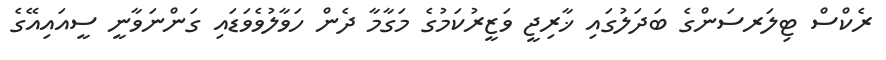
ރެކްސް ޓިލަރސަންގެ ބަދަލުގައި ޚާރިޖީ ވަޒީރުކަމުގެ މަގާމާ ދެން ހަވާލުވެވަޑައި ގަންނަވާނީ ސީއައިއޭގެ